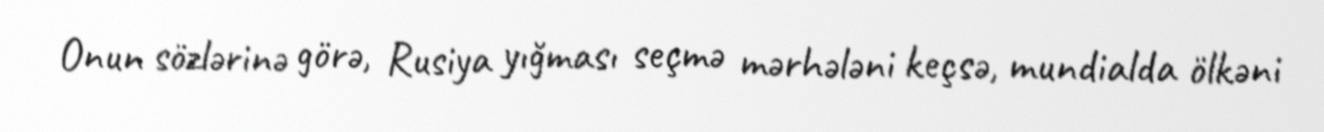
Onun sözlərinə görə, Rusiya yığması seçmə mərhələni keçsə, mundialda ölkəni